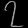
Digit: ၇